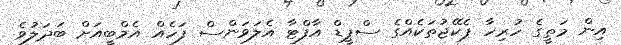
އިން މަތީގެ ހުރިހާ ޕެކޭޖުތަކެއްގެ ސްޕީޑް އާފްޓާ އެލަަވަންސް ފަހެއް އެމްބީއަށް ބަދަލުވެ